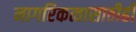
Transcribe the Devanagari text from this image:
नागरिकत्वासाठीही